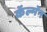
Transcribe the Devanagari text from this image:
कॅल्मॅन